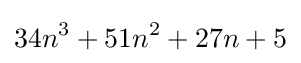
34n^{3}+51n^{2}+27n+5